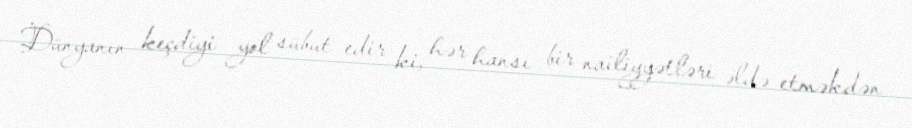
Dünyanın keçdiyi yol sübut edir ki, hər hansı bir nailiyyətləri əldə etməkdən